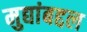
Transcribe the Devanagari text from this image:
मुद्यांबद्दल